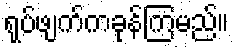
ရုပ်ဖျက်ကခုန်ကြမည်။